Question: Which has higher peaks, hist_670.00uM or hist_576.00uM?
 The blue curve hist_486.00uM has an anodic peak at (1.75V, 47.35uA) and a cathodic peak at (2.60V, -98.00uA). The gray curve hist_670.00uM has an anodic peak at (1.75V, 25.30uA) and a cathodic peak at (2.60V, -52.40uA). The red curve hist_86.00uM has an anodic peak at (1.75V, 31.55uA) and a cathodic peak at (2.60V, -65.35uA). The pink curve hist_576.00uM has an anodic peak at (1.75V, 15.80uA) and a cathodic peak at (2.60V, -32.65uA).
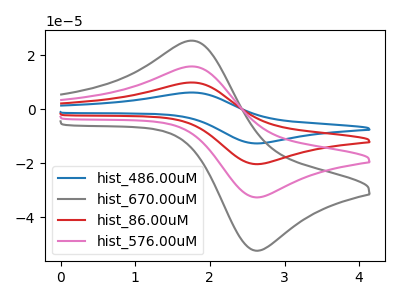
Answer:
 <answer>Every peak in "hist_670.00uM" is higher than every peak in "hist_576.00uM".</answer>
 <eval>higher</eval>